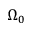
\Omega _ { 0 }